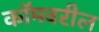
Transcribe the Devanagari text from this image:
कॉमवरील